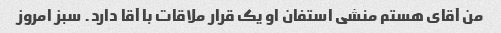
من آقای هستم منشی استفان او یک قرار ملاقات با آقا دارد. سبز امروز